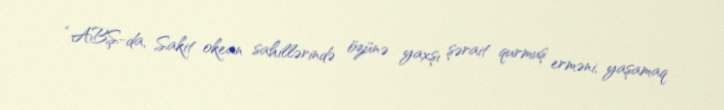
“ABŞ-da, Sakit okean sahillərində özünə yaxşı şərait qurmuş erməni, yaşamaq